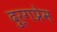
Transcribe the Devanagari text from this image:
दुर्गप्रेम